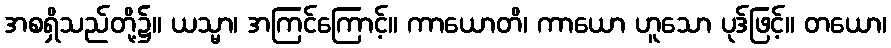
အစရှိသည်တို့၌။ ယသ္မာ၊ အကြင်ကြောင့်။ ကာယောတိ၊ ကာယော ဟူသော ပုဒ်ဖြင့်။ တယော၊